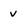
Character: v